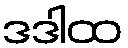
ဒဒါထ